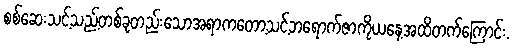
စစ်ဆေးသင့်သည့်တစ်ခုတည်းသောအရာကတော့သင့်ဘရောက်ဇာကိုယနေ့အထိတက်ကြောင်း.